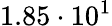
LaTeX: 1.85\cdot 10^{1}